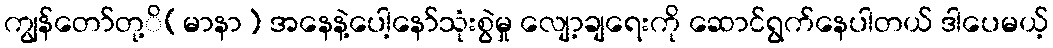
ကျွန်တော်တု့ိ(မာနာ) အနေနဲ့ပေါ့နော်သုံးစွဲမှု လျော့ချရေးကို ဆောင်ရွက်နေပါတယ် ဒါပေမယ့်